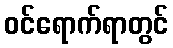
ဝင်ရောက်ရာတွင်